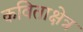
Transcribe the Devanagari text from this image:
कविताक्षेत्र